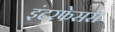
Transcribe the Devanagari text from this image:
इंटरफेसस